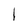
Character: l